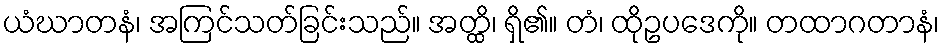
ယံဃာတနံ၊ အကြင်သတ်ခြင်းသည်။ အတ္ထိ၊ ရှိ၏။ တံ၊ ထိုဥပဒေကို။ တထာဂတာနံ၊